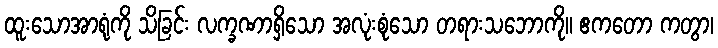
ထူးသောအာရုံကို သိခြင်း လက္ခဏာရှိသော အလုံးစုံသော တရားသဘောကို။ ဧကတော ကတွာ၊